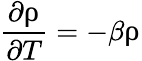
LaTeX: \frac{\partial\uprho}{\partial T}=-\beta\uprho